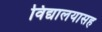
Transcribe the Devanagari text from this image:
विद्यालयासह